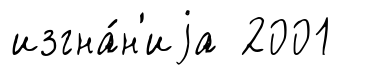
изгна́н'иjа 2001